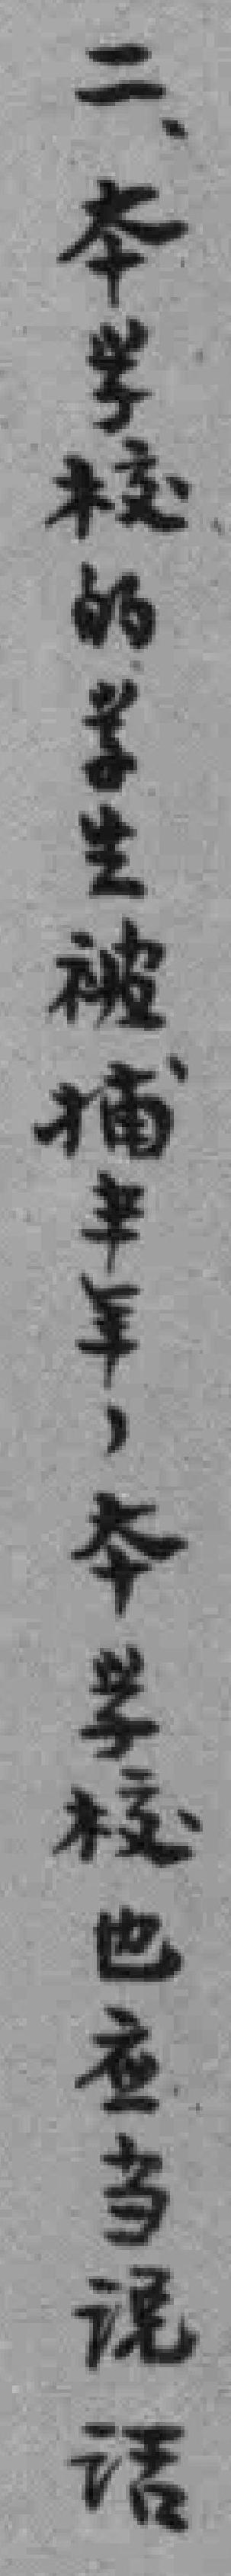
二、本学校的学生被捕半年，本学校也应当说话